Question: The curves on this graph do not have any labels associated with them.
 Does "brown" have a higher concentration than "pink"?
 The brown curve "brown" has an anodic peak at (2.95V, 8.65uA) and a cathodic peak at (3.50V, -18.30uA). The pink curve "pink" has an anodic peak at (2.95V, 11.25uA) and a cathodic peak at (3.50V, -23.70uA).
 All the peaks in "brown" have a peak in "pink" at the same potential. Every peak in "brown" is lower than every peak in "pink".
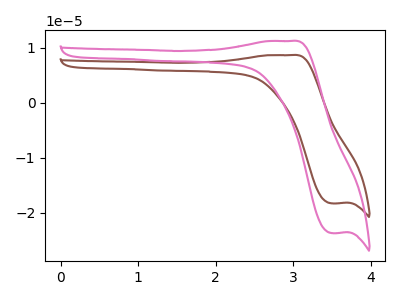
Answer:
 <answer>"brown" has less signal than "pink" and so likely has a lower concentration.</answer>
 <eval>less_concentration</eval>